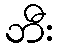
ဘီး